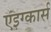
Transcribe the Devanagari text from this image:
एइग्कार्स